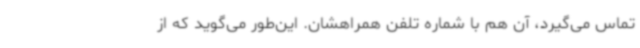
تماس می‌گیرد، آن هم با شماره تلفن همراهشان. این‌طور می‌گوید که از